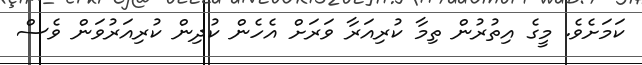
ކަމަށެވެ. މީގެ އިތުރުން ތިމާ ކުރިއަރާ ވަރަށް އެހެން ކުދިން ކުރިއަރުވަން ވެސް